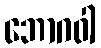
ဘောဂဝါ